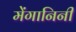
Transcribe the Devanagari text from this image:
मेंगानिनी